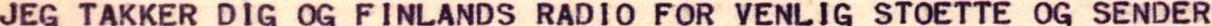
248